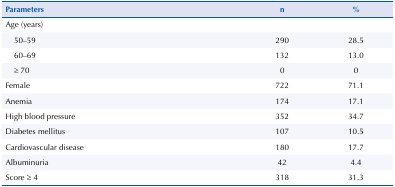
<table><thead><tr><td><b>Parameters</b></td><td><b>n</b></td><td><b>%</b></td></tr></thead><tbody><tr><td>Age (years)</td><td> </td><td> </td></tr><tr><td>50–59</td><td>290</td><td>28.5</td></tr><tr><td>60–69</td><td>132</td><td>13.0</td></tr><tr><td>≥ 70</td><td>0</td><td>0</td></tr><tr><td>Female</td><td>722</td><td>71.1</td></tr><tr><td>Anemia</td><td>174</td><td>17.1</td></tr><tr><td>High blood pressure</td><td>352</td><td>34.7</td></tr><tr><td>Diabetes mellitus</td><td>107</td><td>10.5</td></tr><tr><td>Cardiovascular disease</td><td>180</td><td>17.7</td></tr><tr><td>Albuminuria</td><td>42</td><td>4.4</td></tr><tr><td>Score ≥ 4</td><td>318</td><td>31.3</td></tr></tbody></table>